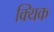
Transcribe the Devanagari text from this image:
क्यिक